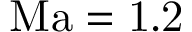
\mathrm { { M a } = 1 . 2 }